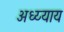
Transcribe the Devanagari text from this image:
अध्य्याय